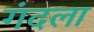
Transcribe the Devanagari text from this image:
गंदला